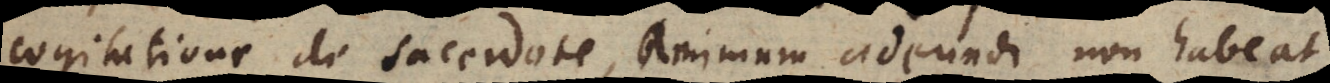
cogitatione de sacerdote, animum adeundi non habeat,